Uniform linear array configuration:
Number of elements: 16
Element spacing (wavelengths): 1
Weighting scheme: blackman
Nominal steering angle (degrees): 30
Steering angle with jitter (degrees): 28.416
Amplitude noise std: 0.05
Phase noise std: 0.05

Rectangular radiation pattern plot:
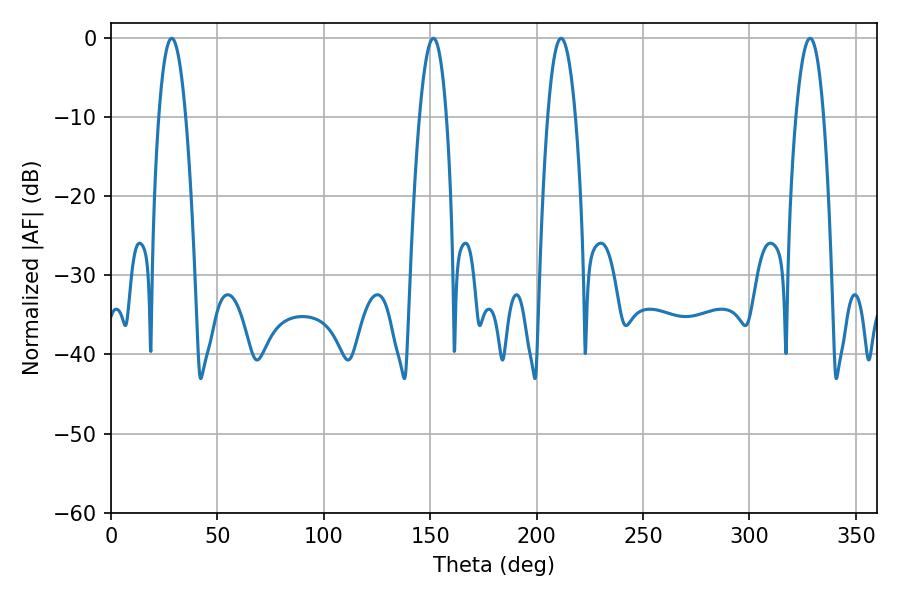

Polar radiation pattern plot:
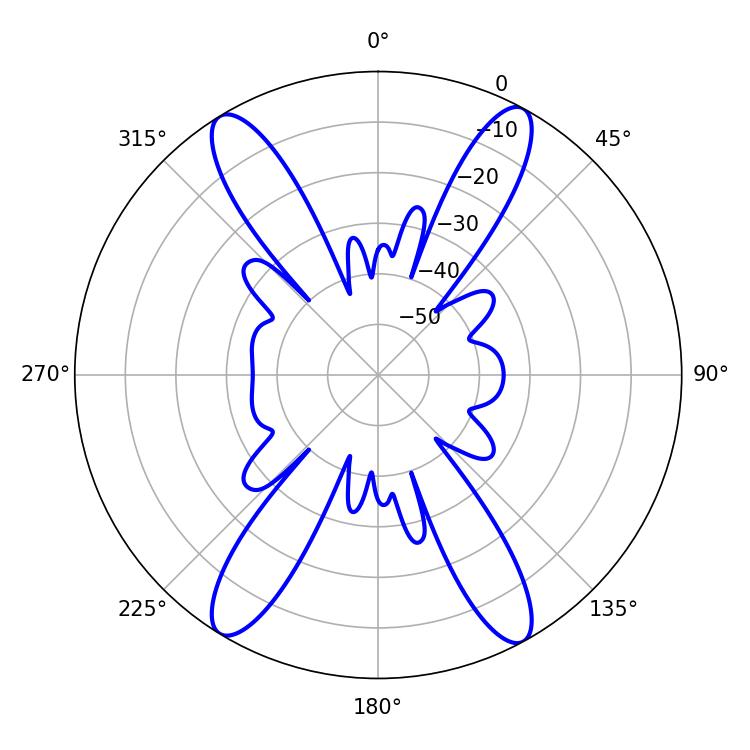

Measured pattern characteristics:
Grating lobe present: TRUE
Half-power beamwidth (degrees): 7.2
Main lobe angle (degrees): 211.5